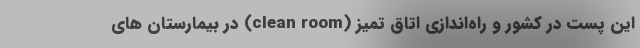
این پست در کشور و راه‌اندازی اتاق تمیز (clean room) در بیمارستان های